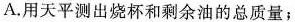
A.用天平测出烧杯和剩余油的总质量；